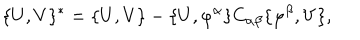
LaTeX: \{ U , V \} ^ { * } = \{ U , V \} - \{ U , \varphi ^ { \alpha } \} C _ { \alpha \beta } \{ \varphi ^ { \beta } , V \} ,